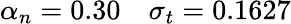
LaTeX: \alpha_{n}=0.30\quad\sigma_{t}=0.1627